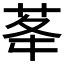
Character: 𦮔